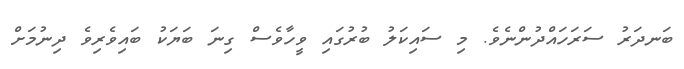
ބަނދަރު ސަރަހައްދުންނެވެ. މި ސައިކަލު ބުރުގައި ވީހާވެސް ގިނަ ބަޔަކު ބައިވެރިވެ ދިނުމަށް